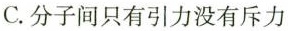
C.分子间只有引力没有斥力